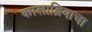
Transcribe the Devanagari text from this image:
कालाब्रियाचा